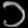
Digit: ၁